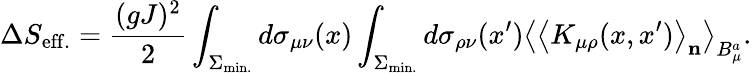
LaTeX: \Delta S_{\mathrm{eff.}}=\frac{(gJ)^{2}}{2}\int_{\Sigma_{\mathrm{min.}}}^{}d\sigma_{\mu\nu}(x)\int_{\Sigma_{\mathrm{min.}}}^{}d\sigma_{\rho\nu}(x^{\prime})\left<\left<K_{\mu\rho}(x,x^{\prime})\right>_{\mathbf n}\right>_{B_{\mu}^{a}}.